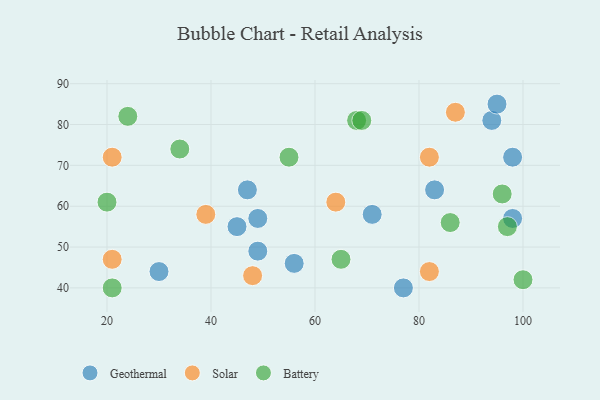
{"axis": {"x": "GDP", "y": "Life Expectancy"}, "legend": ["Battery", "Geothermal", "Solar"], "data": [{"x": "47", "y": 64, "type": "Geothermal"}, {"x": "83", "y": 64, "type": "Geothermal"}, {"x": "49", "y": 49, "type": "Geothermal"}, {"x": "94", "y": 81, "type": "Geothermal"}, {"x": "49", "y": 57, "type": "Geothermal"}, {"x": "98", "y": 72, "type": "Geothermal"}, {"x": "71", "y": 58, "type": "Geothermal"}, {"x": "77", "y": 40, "type": "Geothermal"}, {"x": "45", "y": 55, "type": "Geothermal"}, {"x": "95", "y": 85, "type": "Geothermal"}, {"x": "56", "y": 46, "type": "Geothermal"}, {"x": "30", "y": 44, "type": "Geothermal"}, {"x": "98", "y": 57, "type": "Geothermal"}, {"x": "87", "y": 83, "type": "Solar"}, {"x": "82", "y": 72, "type": "Solar"}, {"x": "21", "y": 72, "type": "Solar"}, {"x": "82", "y": 44, "type": "Solar"}, {"x": "48", "y": 43, "type": "Solar"}, {"x": "21", "y": 47, "type": "Solar"}, {"x": "64", "y": 61, "type": "Solar"}, {"x": "39", "y": 58, "type": "Solar"}, {"x": "97", "y": 55, "type": "Battery"}, {"x": "100", "y": 42, "type": "Battery"}, {"x": "21", "y": 40, "type": "Battery"}, {"x": "68", "y": 81, "type": "Battery"}, {"x": "55", "y": 72, "type": "Battery"}, {"x": "69", "y": 81, "type": "Battery"}, {"x": "34", "y": 74, "type": "Battery"}, {"x": "65", "y": 47, "type": "Battery"}, {"x": "20", "y": 61, "type": "Battery"}, {"x": "86", "y": 56, "type": "Battery"}, {"x": "96", "y": 63, "type": "Battery"}, {"x": "24", "y": 82, "type": "Battery"}]}